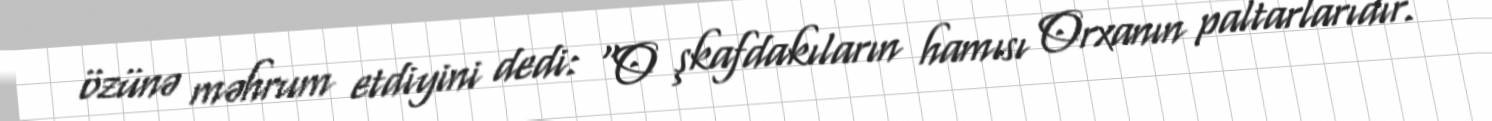
özünə məhrum etdiyini dedi: “O şkafdakıların hamısı Orxanın paltarlarıdır.